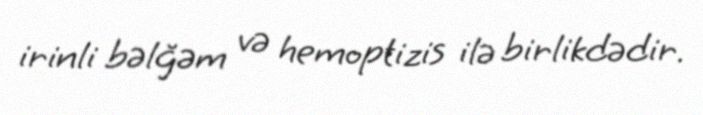
irinli bəlğəm və hemoptizis ilə birlikdədir.